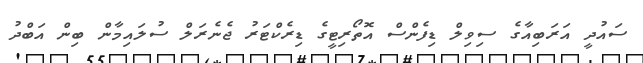
ސައުދީ އަރަބިއާގެ ސިވިލް ޑިފެންސް އޮތޯރިޓީގެ ޑިރެކްޓަރު ޖެނެރަލް ސުލައިމާން ބިން އަބްދު